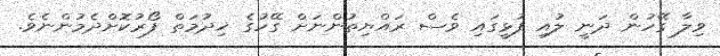
ވިލާ ގޭހުން ދަނީ ލުއި ފުޅީގައި ވެސް ރައްޔިތުންނަށް ގޭހުގެ ޚިދުމަތް ފޯރުކޮށްދެމުންނެވެ.